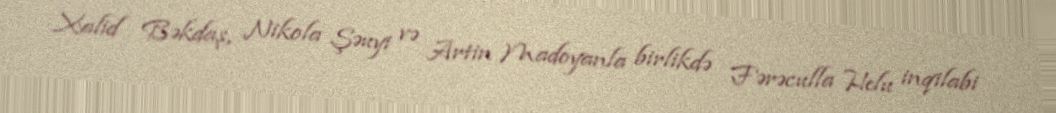
Xalid Bəkdaş, Nikola Şəuyi və Artin Madoyanla birlikdə Fərəculla Helu inqilabi